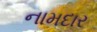
નામદાર